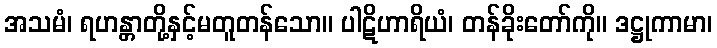
အသမံ၊ ရဟန္တာတို့နှင့်မတူတန်သော။ ပါဋိဟာရိယံ၊ တန်ခိုးတော်ကို။ ဒဋ္ဌုကာမာ၊